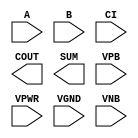
module sky130_fd_sc_ms__fah (
    //# {{data|Data Signals}}
    input  A   ,
    input  B   ,
    input  CI  ,
    output COUT,
    output SUM ,

    //# {{power|Power}}
    input  VPB ,
    input  VPWR,
    input  VGND,
    input  VNB
);
endmodule